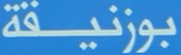
بوزنيقة